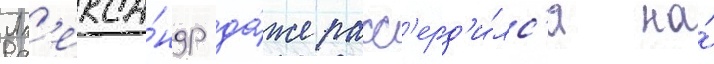
Ал'екса́ндр да́же расс'ерд'и́лс'я на́